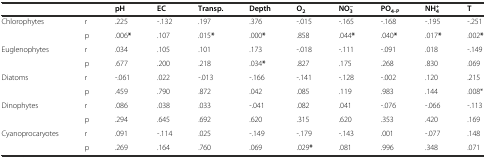
|  |  | pH | EC | Transp. | Depth | O2 | NO3− | PO4-P | NH4+ | T |
 | --- | --- | --- | --- | --- | --- | --- | --- | --- | --- | --- |
 | <ROWSPAN=2> Chlorophytes | r | .225 | -.132 | .197 | .376 | -.015 | -.165 | -.168 | -.195 | -.251 |
 | p | .006* | .107 | .015* | .000* | .858 | .044* | .040* | .017* | .002* |
 | <ROWSPAN=2> Euglenophytes | r | .034 | .105 | .101 | .173 | -.018 | -.111 | -.091 | .018 | -.149 |
 | p | .677 | .200 | .218 | .034* | .827 | .175 | .268 | .830 | .069 |
 | <ROWSPAN=2> Diatoms | r | -.061 | .022 | -.013 | -.166 | -.141 | -.128 | -.002 | .120 | .215 |
 | p | .459 | .790 | .872 | .042 | .085 | .119 | .983 | .144 | .008* |
 | <ROWSPAN=2> Dinophytes | r | .086 | .038 | .033 | -.041 | .082 | .041 | -.076 | -.066 | -.113 |
 | p | .294 | .645 | .692 | .620 | .315 | .620 | .353 | .420 | .169 |
 | <ROWSPAN=2> Cyanoprocaryotes | r | .091 | -.114 | .025 | -.149 | -.179 | -.143 | .001 | -.077 | .148 |
 | p | .269 | .164 | .760 | .069 | .029* | .081 | .996 | .348 | .071 |